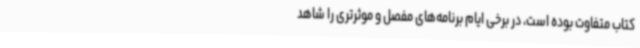
کتاب متفاوت بوده است، در برخی ایام برنامه‌های مفصل و موثرتری را شاهد